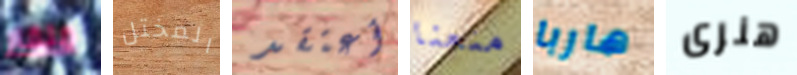
منقار المختل أعتقد منعنا هاربا هنرى